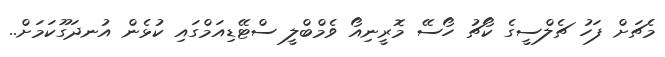
މެޗަށް ފަހު ޗެލްސީގެ ކޯޗު ހޯސޭ މޮރީނިއޯ ވެމްބްލީ ސްޓޭޑިއަމްގައި ކުޅެން އުނދަގޫކަމަށް..